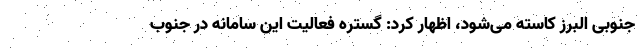
جنوبی البرز کاسته می‌شود، اظهار کرد: گستره فعالیت این سامانه در جنوب